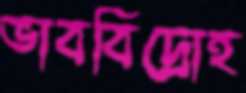
ভাববিদ্রোহ